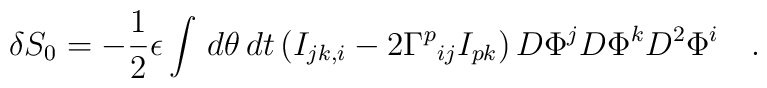
\delta S_0 = -\frac{1}{2} \epsilon \int \,d \theta \,dt \left( I_{jk,i} - 2    {\Gamma^p}_{ij} I_{pk} \right) D\Phi^j D \Phi^k D^2 \Phi^i \quad.